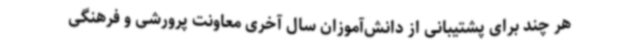
هر چند برای پشتیبانی از دانش‌آموزان‌ سال آخری معاونت پرورشی و فرهنگی